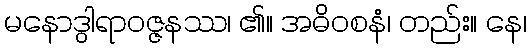
မနောဒွါရာဝဇ္ဇနဿ၊ ၏။ အဓိဝစနံ၊ တည်း။ နေ၊